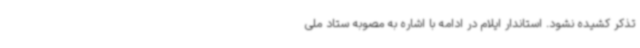
تذکر کشیده نشود. استاندار ایلام در ادامه با اشاره به مصوبه ستاد ملی